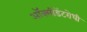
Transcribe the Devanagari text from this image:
ऑक्सीडेंटरोधी